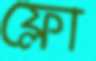
ফ্লো